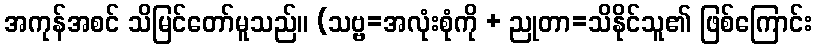
အကုန်အစင် သိမြင်တော်မူသည်။ (သဗ္ဗ=အလုံးစုံကို + ညုတာ=သိနိုင်သူ၏ ဖြစ်ကြောင်း